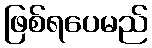
ဖြစ်ရပေမည်